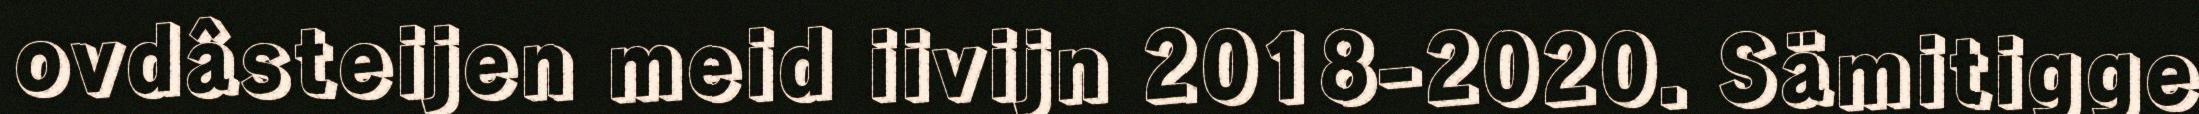
ovdâsteijen meid iivijn 2018-2020. Sämitigge